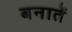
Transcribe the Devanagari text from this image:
बनातें